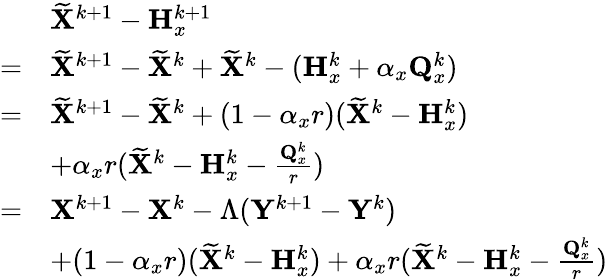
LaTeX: \begin{array}{rl}&{\widetilde{{\mathbf{X}}}^{k+1}-{\mathbf{H}}_{x}^{k+1}}\\ {=}&{\widetilde{{\mathbf{X}}}^{k+1}-\widetilde{{\mathbf{X}}}^{k}+\widetilde{{\mathbf{X}}}^{k}-({\mathbf{H}}_{x}^{k}+\alpha_{x}{\mathbf{Q}}_{x}^{k})}\\ {=}&{\widetilde{{\mathbf{X}}}^{k+1}-\widetilde{{\mathbf{X}}}^{k}+(1-\alpha_{x}r)(\widetilde{{\mathbf{X}}}^{k}-{\mathbf{H}}_{x}^{k})}\\ &{+\alpha_{x}r(\widetilde{{\mathbf{X}}}^{k}-{\mathbf{H}}_{x}^{k}-\frac{{\mathbf{Q}}_{x}^{k}}{r})}\\ {=}&{{\mathbf{X}}^{k+1}-{\mathbf{X}}^{k}-\Lambda({\mathbf{Y}}^{k+1}-{\mathbf{Y}}^{k})}\\ &{+(1-\alpha_{x}r)(\widetilde{{\mathbf{X}}}^{k}-{\mathbf{H}}_{x}^{k})+\alpha_{x}r(\widetilde{{\mathbf{X}}}^{k}-{\mathbf{H}}_{x}^{k}-\frac{{\mathbf{Q}}_{x}^{k}}{r})}\end{array}